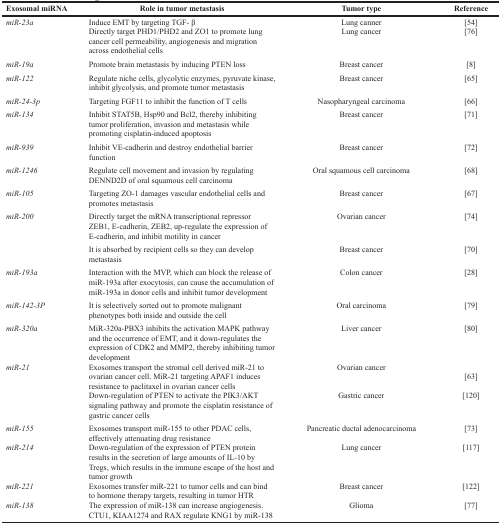
<table><thead><tr><td><b>Exosomal miRNA</b></td><td><b>Role in tumor metastasis</b></td><td><b>Tumor type</b></td><td><b>Reference</b></td></tr></thead><tbody><tr><td><i>miR-23a</i></td><td>Induce EMT by targeting TGF- βDirectly target PHD1/PHD2 and ZO1 to promote lung cancer cell permeability, angiogenesis and migration across endothelial cells</td><td>Lung cannerLung cancer</td><td>[54][76]</td></tr><tr><td><i>miR-19a</i></td><td>Promote brain metastasis by inducing PTEN loss</td><td>Breast cancer</td><td>[8]</td></tr><tr><td><i>miR-122</i></td><td>Regulate niche cells, glycolytic enzymes, pyruvate kinase, inhibit glycolysis, and promote tumor metastasis</td><td>Breast cancer</td><td>[65]</td></tr><tr><td><i>miR-24-3p</i></td><td>Targeting FGF11 to inhibit the function of T cells</td><td>Nasopharyngeal carcinoma</td><td>[66]</td></tr><tr><td><i>miR-134</i></td><td>Inhibit STAT5B, Hsp90 and Bcl2, thereby inhibiting tumor proliferation, invasion and metastasis while promoting cisplatin-induced apoptosis</td><td>Breast cancer</td><td>[71]</td></tr><tr><td><i>miR-939</i></td><td>Inhibit VE-cadherin and destroy endothelial barrier function</td><td>Breast cancer</td><td>[72]</td></tr><tr><td><i>miR-1246</i></td><td>Regulate cell movement and invasion by regulating DENND2D of oral squamous cell carcinoma</td><td>Oral squamous cell carcinoma</td><td>[68]</td></tr><tr><td><i>miR-105</i></td><td>Targeting ZO-1 damages vascular endothelial cells and promotes metastasis</td><td>Breast cancer</td><td>[67]</td></tr><tr><td><i>miR-200</i></td><td>Directly target the mRNA transcriptional repressor ZEB1, E-cadherin, ZEB2, up-regulate the expression of E-cadherin, and inhibit motility in cancer</td><td>Ovarian cancer</td><td>[74]</td></tr><tr><td></td><td>It is absorbed by recipient cells so they can develop metastasis</td><td>Breast cancer</td><td>[70]</td></tr><tr><td><i>miR-193a</i></td><td>Interaction with the MVP, which can block the release of miR-193a after exocytosis, can cause the accumulation of miR-193a in donor cells and inhibit tumor development</td><td>Colon cancer</td><td>[28]</td></tr><tr><td><i>miR-142-3P</i></td><td>It is selectively sorted out to promote malignant phenotypes both inside and outside the cell</td><td>Oral carcinoma</td><td>[79]</td></tr><tr><td><i>miR-320a</i></td><td>MiR-320a-PBX3 inhibits the activation MAPK pathway and the occurrence of EMT, and it down-regulates the expression of CDK2 and MMP2, thereby inhibiting tumor development</td><td>Liver cancer</td><td>[80]</td></tr><tr><td><i>miR-21</i></td><td>Exosomes transport the stromal cell derived miR-21 to ovarian cancer cell. MiR-21 targeting APAF1 induces resistance to paclitaxel in ovarian cancer cells</td><td>Ovarian cancer</td><td>[63]</td></tr><tr><td></td><td>Down-regulation of PTEN to activate the PIK3/AKT signaling pathway and promote the cisplatin resistance of gastric cancer cells</td><td>Gastric cancer</td><td>[120]</td></tr><tr><td><i>miR-155</i></td><td>Exosomes transport miR-155 to other PDAC cells, effectively attenuating drug resistance</td><td>Pancreatic ductal adenocarcinoma</td><td>[73]</td></tr><tr><td><i>miR-214</i></td><td>Down-regulation of the expression of PTEN protein results in the secretion of large amounts of IL-10 by Tregs, which results in the immune escape of the host and tumor growth</td><td>Lung cancer</td><td>[117]</td></tr><tr><td><i>miR-221</i></td><td>Exosomes transfer miR-221 to tumor cells and can bind to hormone therapy targets, resulting in tumor HTR</td><td>Breast cancer</td><td>[122]</td></tr><tr><td><i>miR-138</i></td><td>The expression of miR-138 can increase angiogenesis. CTU1, KIAA1274 and RAX regulate KNG1 by miR-138</td><td>Glioma</td><td>[77]</td></tr></tbody></table>